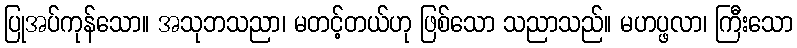
ပြုအပ်ကုန်သော။ အသုဘသညာ၊ မတင့်တယ်ဟု ဖြစ်သော သညာသည်။ မဟပ္ဖလာ၊ ကြီးသော